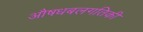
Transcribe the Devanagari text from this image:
औषधबलगतिकी